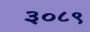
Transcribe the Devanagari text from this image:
३०८९